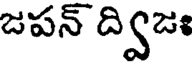
జపన్ ద్విజః